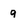
Character: 9